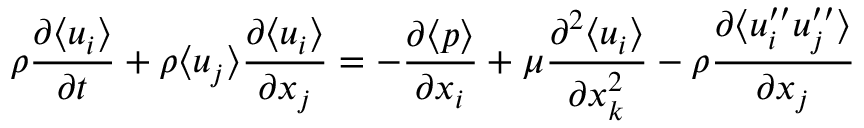
\rho \frac { \partial \langle { u _ { i } } \rangle } { \partial t } + \rho \langle { u _ { j } } \rangle \frac { \partial \langle { u _ { i } } \rangle } { \partial x _ { j } } = - \frac { \partial \langle { p } \rangle } { \partial x _ { i } } + \mu \frac { \partial ^ { 2 } \langle { u _ { i } } \rangle } { \partial x _ { k } ^ { 2 } } - \rho \frac { \partial \langle { u _ { i } ^ { \prime \prime } u _ { j } ^ { \prime \prime } } \rangle } { \partial x _ { j } }